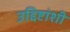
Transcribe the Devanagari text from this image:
उद्दिष्टांशी